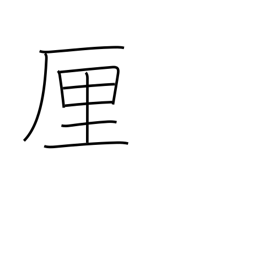
Meaning: rin